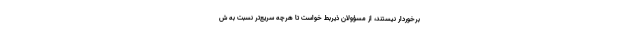
برخوردار نیستند، از مسؤولان ذیربط خواست تا هرچه سریع‌تر نسبت به ش